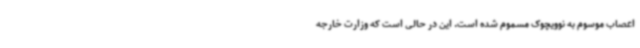
اعصاب موسوم به نوویچوک مسموم شده است. این در حالی است که وزارت خارجه